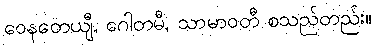
ဝေနတေယျီ, ဂေါတမီ, သာမာဝတီ စသည်တည်း။